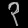
Digit: ၃